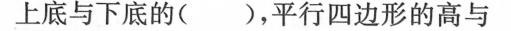
上底与下底的( )，平行四边形的高与